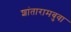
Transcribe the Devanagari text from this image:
शांतारामबुवा